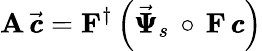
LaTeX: {\mathbf A}\, \vec{\pmb{c}}={\mathbf F}^{\dagger}\left(\vec{\pmb{{\Psi}}}_{s}\, \circ\, {\mathbf F}\, {\pmb{c}}\right)